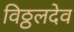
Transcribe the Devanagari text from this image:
विठ्ठलदेव